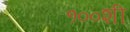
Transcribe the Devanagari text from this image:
१००शी